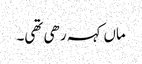
ماں کہہ رھی تھی۔